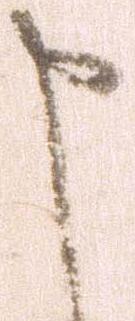
申